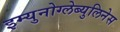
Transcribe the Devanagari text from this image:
इम्युनोग्लेब्युलिनेस